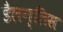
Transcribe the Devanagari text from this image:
डैलग्लिस